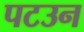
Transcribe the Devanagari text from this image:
पटउन